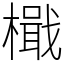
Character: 檝